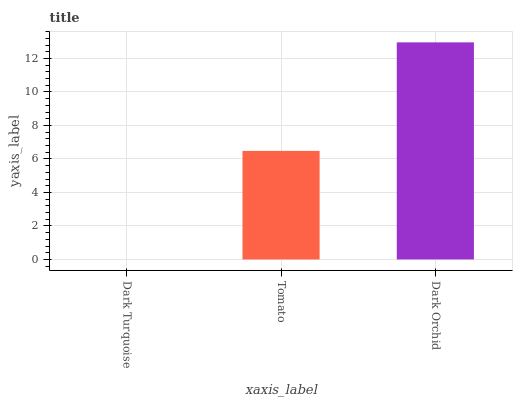
| xaxis_label | bars |
 | --- | --- |
 | Dark Turquoise | 0 |
 | Tomato | 6.48 |
 | Dark Orchid | 13 |